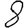
Digit: 8